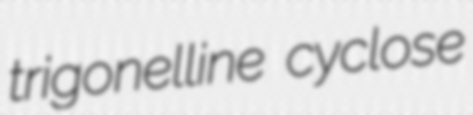
trigonelline cyclose